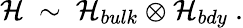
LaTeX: {\cal H}~\sim~{\cal H}_{bulk}\otimes{\cal H}_{bdy}~.